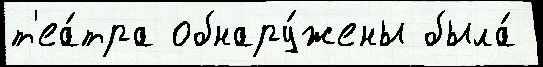
т'еа́тра обнару́жены была́